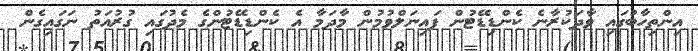
އިންތިހާބުގައި ވާދަކުރާނެ ކެންޑިޑޭޓުން ފައިނަލްވުމުން މާދަމާ އެ ކެންޑިޑޭޓުންގެ މެދުގައި ގުރުއަތު ނަގައިގެން